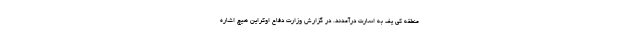
منطقه کی یف به اسارت درآمدند. در گزارش وزارت دفاع اوکراین هیچ اشاره